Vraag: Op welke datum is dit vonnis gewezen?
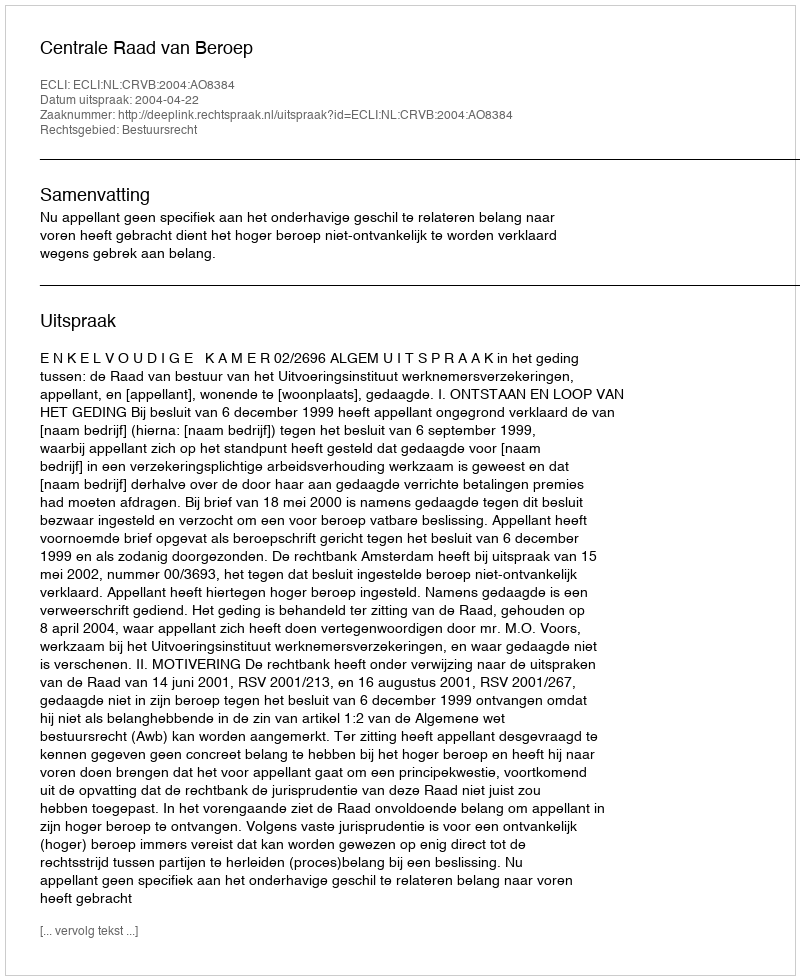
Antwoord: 2004-04-22